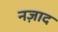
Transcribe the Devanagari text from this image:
नज़ाद